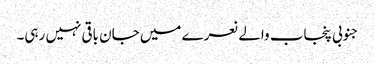
جنوبی پنجاب والے نعرے میں جان باقی نہیں رہی۔